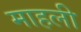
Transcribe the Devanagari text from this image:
माहली